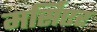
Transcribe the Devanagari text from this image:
मर्सिएर